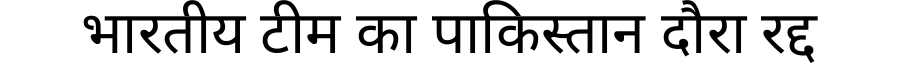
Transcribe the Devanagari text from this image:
भारतीय टीम का पाकिस्तान दौरा रद्द